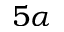
5 \alpha